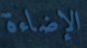
الإضاءة